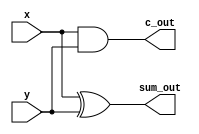
module half_adder (
  input  wire x,        // 
  input  wire y,        // 
  output wire sum_out,  // 
  output wire c_out     // 
);

// | x y | c s |
// |:---:|:---:|
// | 0 0 | 0 0 |
// | 0 1 | 0 1 |
// | 1 0 | 0 1 |
// | 1 1 | 1 0 |

assign sum_out   = x ^ y; // 1
assign c_out     = x & y; // 1

endmodule


module full_adder (
  input  wire c,       // carry
  input  wire x,       // 
  input  wire y,       // 
  output wire sum_out, // 
  output wire c_out    // 
);

// | c x y | c s |
// |:-----:|:---:|
// | 0 0 0 | 0 0 |
// | 0 0 1 | 0 1 |
// | 0 1 0 | 0 1 |
// | 0 1 1 | 1 0 |
// | 1 0 0 | 0 1 |
// | 1 0 1 | 1 0 |
// | 1 1 0 | 1 0 |
// | 1 1 1 | 1 1 |

assign sum_out = x ^ y ^ c;               // 1
assign c_out   = (x & y) | (c & (x ^ y)); // xy1
                                          // c1x, y1

endmodule


module adder_4bits (
  input  wire [3:0] x,       // 
  input  wire [3:0] y,       // 
  output wire [3:0] sum_out, // 
  output wire       c_out    // 
);

wire s0, s1, s2, s3;
wire c0, c1, c2, c3;

assign sum_out = {s3, s2, s1, s0};
assign c_out = c3;

half_adder u_ha  (x[0:0], y[0:0], s0, c0);
full_adder u1_fa (c0, x[1:1], y[1:1], s1, c1);
full_adder u2_fa (c1, x[2:2], y[2:2], s2, c2);
full_adder u3_fa (c2, x[3:3], y[3:3], s3, c3);

endmodule